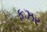
ફઝર